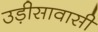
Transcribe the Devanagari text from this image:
उड़ीसावासी